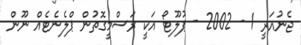
ޖެނުއަރީ 1 - 2002 - ޕުލޫޓޯ އަކީ ރަސްމީގޮތުން ޕްލެނެޓެއް ނޫން